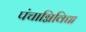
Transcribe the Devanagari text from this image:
पंचाग्निविद्या